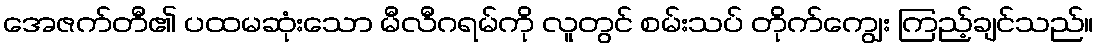
အေဇက်တီ၏ ပထမဆုံးသော မီလီဂရမ်ကို လူတွင် စမ်းသပ် တိုက်ကျွေး ကြည့်ချင်သည်။